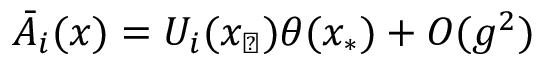
\bar { \cal A } _ { i } ( x ) = U _ { i } ( x _ { \perp } ) \theta ( x _ { \ast } ) + O ( g ^ { 2 } )